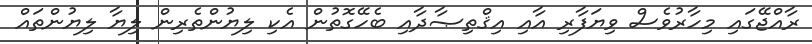
ރާއްޖޭގައި މިހާރުވެސް ވިޔަފާރި އާއި އިޤްތިޞާދާއި ބެހޭގޮތުން އެކި ލިޔުންތެރިން ލިޔާ ލިޔުންތައް